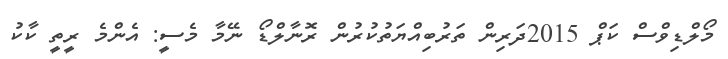
މޯލްޑިވްސް ކަޕް 2015ދަރިން ތަރުބިއްޔަތުކުރުން ރޮނާލްޑޯ ނޭމާ މެސީ: އެންމެ ރީތީ ކާކު